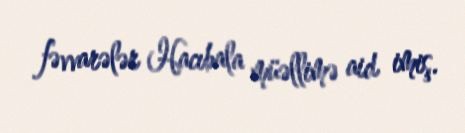
fəvvarələr Hacıbala müəllimə aid imiş.